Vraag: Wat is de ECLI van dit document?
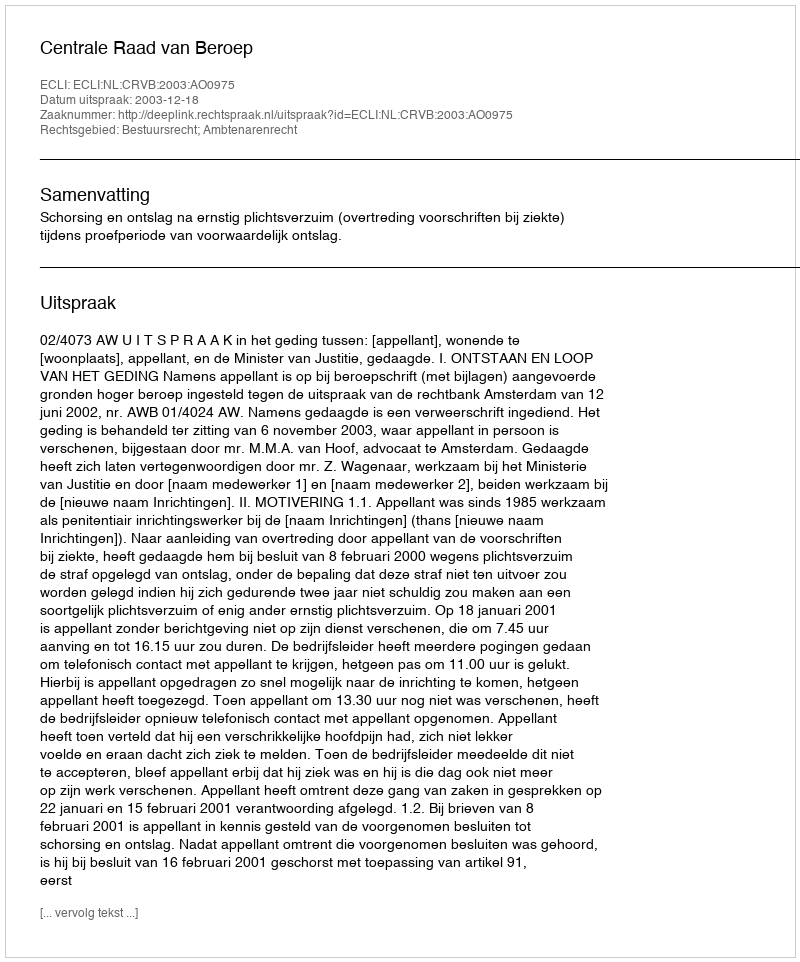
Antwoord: ECLI:NL:CRVB:2003:AO0975